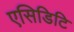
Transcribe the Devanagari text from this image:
एसिडिटि